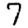
Digit: 7